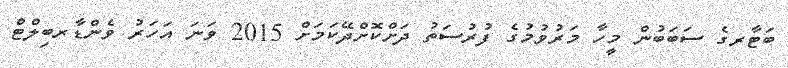
ބަޓާރގެ ސަބަބުން މީހާ މަރުވުމުގެ ފުރުސަތު ދަށްކޮށްދޭކަމަށް 2015 ވަނަ އަހަރު ވެންޑާރބިލްޓް